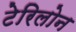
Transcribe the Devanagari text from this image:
टेरिलोन